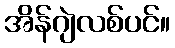
အိန်ဂျဲလစ်ပင်။